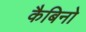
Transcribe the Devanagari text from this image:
कैबिनो